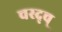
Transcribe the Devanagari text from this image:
चस्द्च्